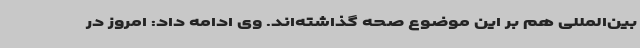
بین‌المللی هم بر این موضوع صحه گذاشته‌اند. وی ادامه داد: امروز در